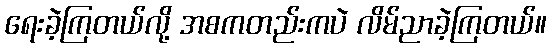
ရေးခဲ့ကြတယ်လို့ အစကတည်းကပဲ လိမ်ညာခဲ့ကြတယ်။